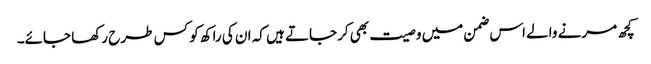
کچھ مرنے والے اس ضمن میں وصیت بھی کرجاتے ہیں کہ ان کی راکھ کو کس طرح رکھا جائے۔